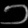
Digit: ၁